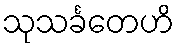
သုသင်္ခတေဟိ